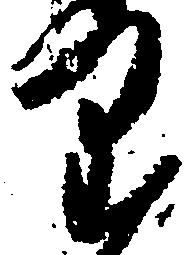
り